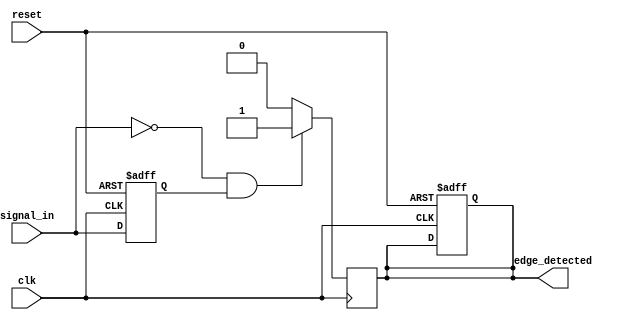
module negative_edge_detector (
    input wire clk,          // Clock signal
    input wire signal_in,    // Input signal to detect negative edge
    input wire reset,        // Optional reset signal
    output reg edge_detected  // Output signal indicating a negative edge
);

    reg previous_state;      // Register to hold the previous state of signal_in

    // Always block to capture the previous state on the rising edge of clk
    always @(posedge clk or posedge reset) begin
        if (reset) begin
            previous_state <= 1'b1;  // Initialize previous state to high (1)
            edge_detected <= 1'b0;    // Initialize edge_detected to low (0)
        end else begin
            previous_state <= signal_in; // Capture current signal_in state
        end
    end

    // Always block for edge detection logic
    always @(posedge clk) begin
        if (signal_in == 1'b0 && previous_state == 1'b1) begin
            edge_detected <= 1'b1; // Negative edge detected
        end else begin
            edge_detected <= 1'b0; // Reset edge_detected after one clock cycle
        end
    end

endmodule